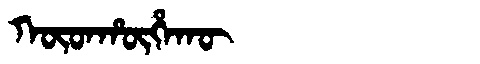
Manchu: ᡴᡡᡨᡥᡡᡥᠠᡴᡡ
Romanization: KŪTHŪHAKŪ